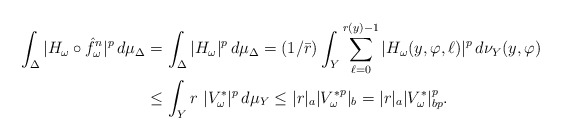
\begin{align*} \int_\Delta |H_\omega\circ \hat f_\omega^n|^p\,d\mu_\Delta & =\int_\Delta |H_\omega|^p\,d\mu_\Delta=(1/\bar r)\int_Y\sum_{\ell=0}^{r(y)-1}|H_\omega(y,\varphi,\ell)|^p\,d\nu_Y(y,\varphi)\\ & \le \int_Y r \ |V^*_\omega|^p\,d\mu_Y\le |r|_a |{V^*_\omega}^p|_b = |r|_a |V^*_\omega|_{bp}^p.\end{align*}